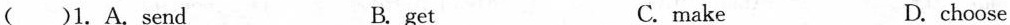
( )1.A.send B.get C.make D.choose